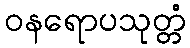
ဝနရောပသုတ္တံ